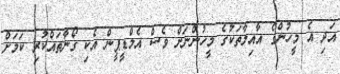
އަދި އެ މީހުންގެ އާއިލާތަކުގެ މީހުންނަށް ވެސް އެމްޑީޕީން އެކި ގޯނާތައްކުރި ކަމަށް